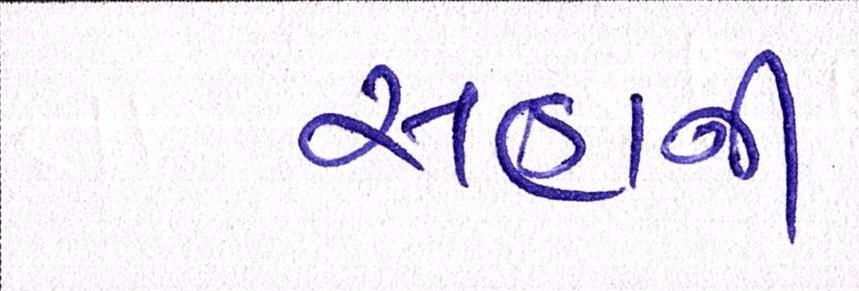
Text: સહાની